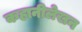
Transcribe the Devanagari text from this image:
कहानीलेखन